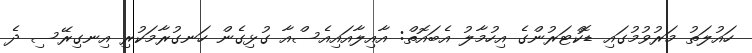
ހައުލަތު މަރުވުމުގައި ޑޮކްޓަރުންގެ އިހުމާލު އެބައޮތް: އާއިލާއައިއެސްއާ ގުޅިގެން ހަނގުރާމަކުރި އިނގިރޭސި ދެ